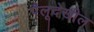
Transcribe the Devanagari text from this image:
पैलूदेखील